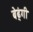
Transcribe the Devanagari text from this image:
बेढ्ंगी